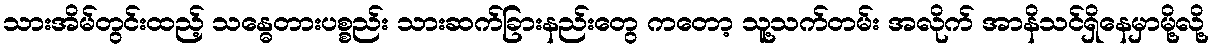
သားအိမ်တွင်းထည့် သန္ဓေတားပစ္စည်း သားဆက်ခြားနည်းတွေ ကတော့ သူ့သက်တမ်း အလိုက် အာနိသင်ရှိနေမှာမို့လို့